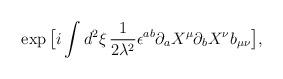
LaTeX: \begin{align*}\exp \big[i\int d^2\xi\, {1\over 2\lambda^2}\epsilon^{ab}\partial_a X^{\mu}\partial_b X^{\nu}b_{\mu\nu}\big] ,\end{align*}